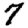
Digit: 7